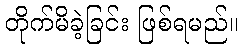
တိုက်မိခဲ့ခြင်း ဖြစ်ရမည်။